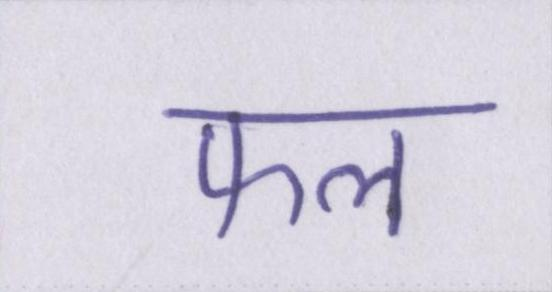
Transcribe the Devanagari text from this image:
फल